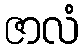
ဇာလံ